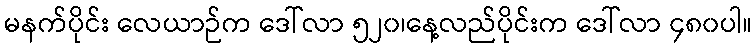
မနက်ပိုင်း လေယာဉ်က ဒေါ်လာ ၅၂၀၊နေ့လည်ပိုင်းက ဒေါ်လာ ၄၈၀ပါ။